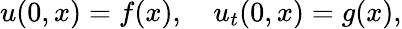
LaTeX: u(0,x)=f(x),\quad u_{t}(0,x)=g(x),